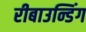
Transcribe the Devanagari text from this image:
रीबाउन्डिंग